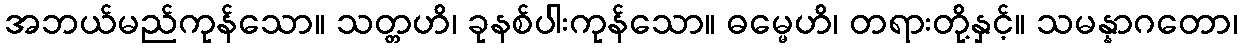
အဘယ်မည်ကုန်သော။ သတ္တဟိ၊ ခုနစ်ပါးကုန်သော။ ဓမ္မေဟိ၊ တရားတို့နှင့်။ သမန္နာဂတော၊